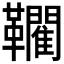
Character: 𲊡